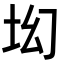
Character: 㘭